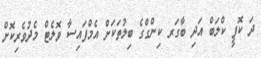
ދަ ކޮފީ ކްލަބް އަދި ބާގަރ ކިންގްގެ ބިލުތަކަށް އެމްފައިސާ ވޮލެޓް މެދުވެރިކޮށް